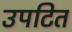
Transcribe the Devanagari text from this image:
उपटित